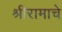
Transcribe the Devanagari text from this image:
श्रीरामाचे